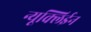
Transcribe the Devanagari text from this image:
न्यूक्लिईन